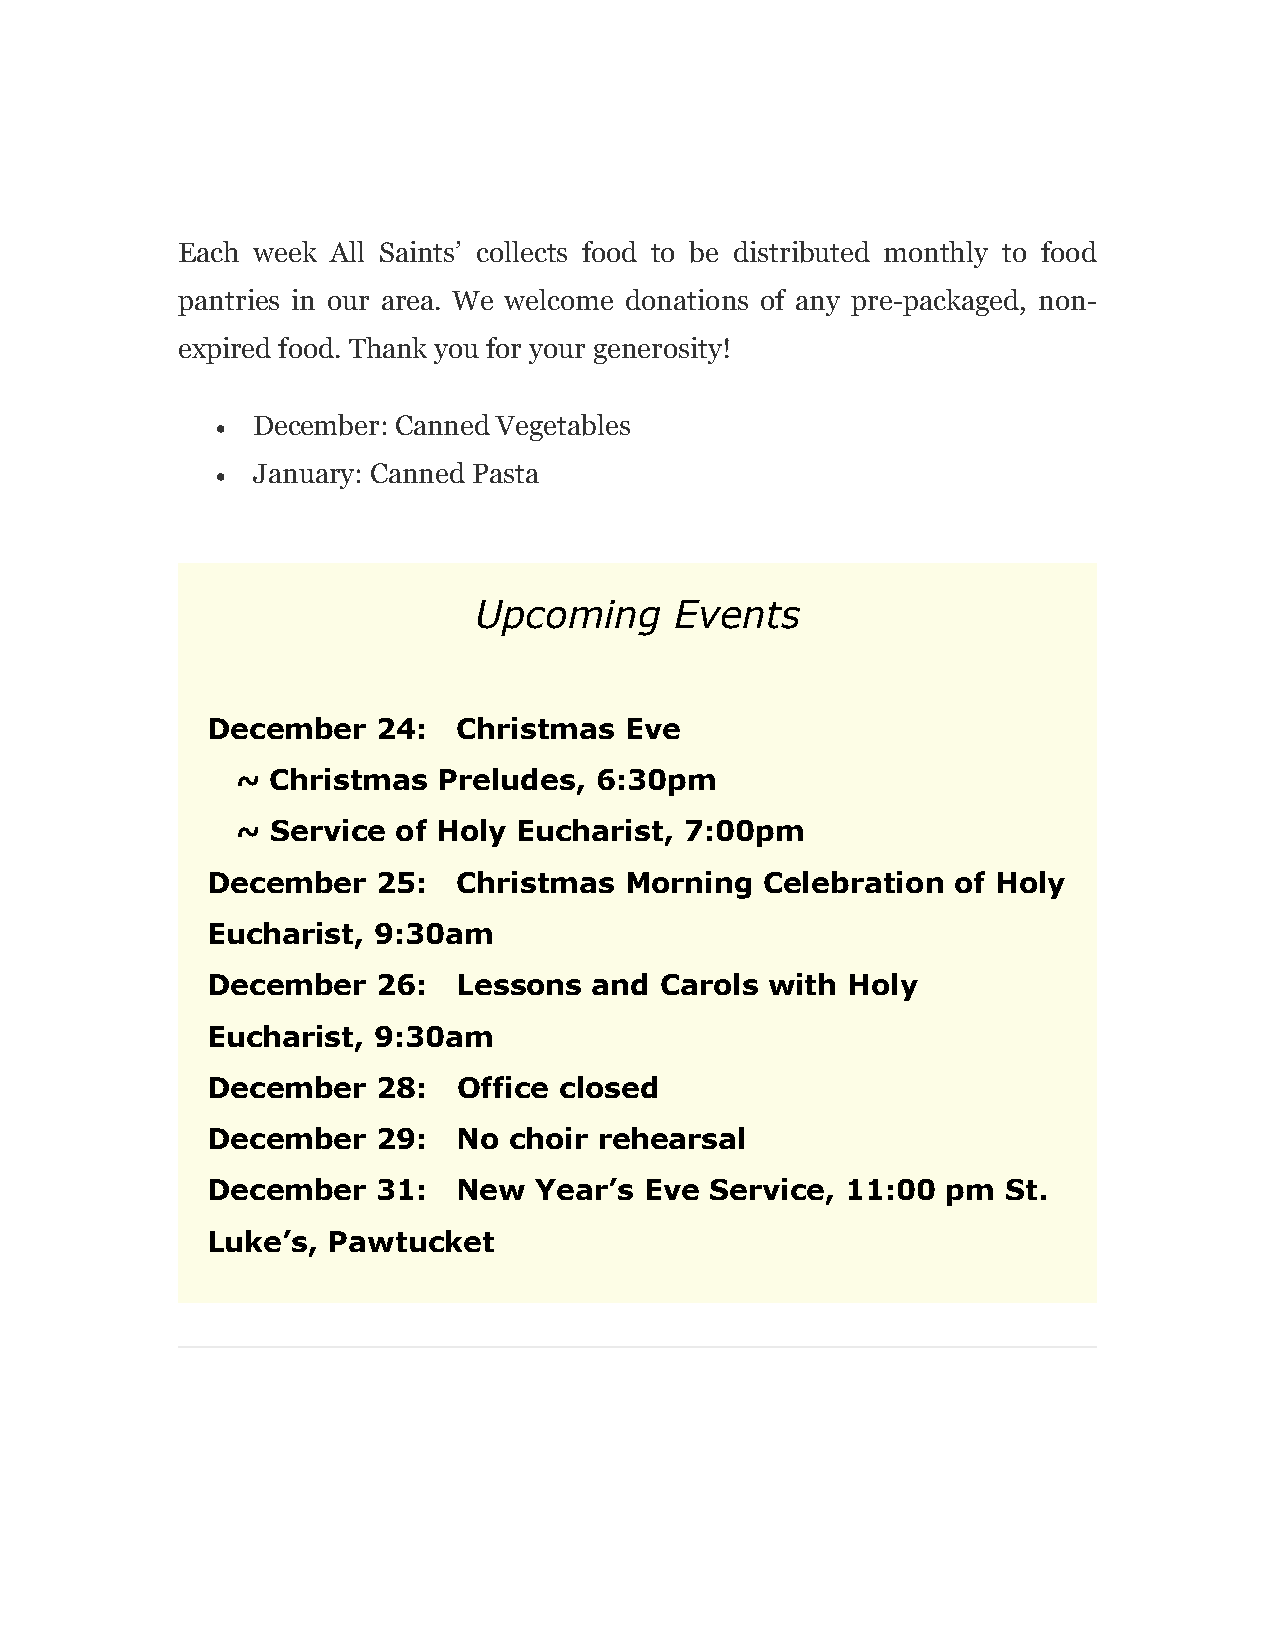
Each week All Saints’ collects food to be distributed monthly to food
 pantries in our area. We welcome donations of any pre-packaged, non-
 expired food. Thank you for your generosity!
   December: Canned Vegetables
   January: Canned Pasta
 Upcoming      Events
 December   24:  Christmas  Eve
 ~ Christmas  Preludes, 6:30pm
 ~ Service of Holy Eucharist, 7:00pm
 December   25:  Christmas  Morning   Celebration of Holy
 Eucharist, 9:30am
 December   26:  Lessons  and  Carols with Holy
 Eucharist, 9:30am
 December   28:  Office closed
 December   29:  No  choir rehearsal
 December   31:  New  Year’s  Eve Service, 11:00  pm  St.
 Luke’s, Pawtucket